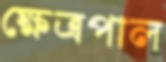
ক্ষেত্রপাল